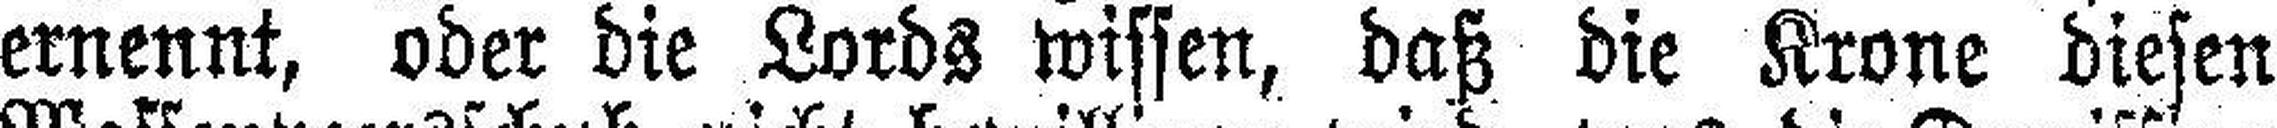
ernennt, oder die Lords wissen, daß die Krone diesen